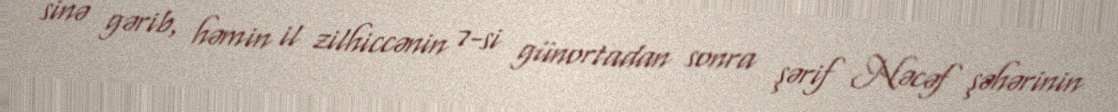
sinə gərib, həmin il zilhiccənin 7-si günortadan sonra şərif Nəcəf şəhərinin